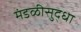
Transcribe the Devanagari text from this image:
मंडळीसुद्धा